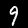
Digit: 9